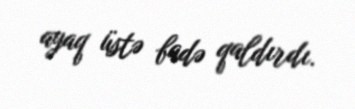
ayaq üstə badə qaldırdı.